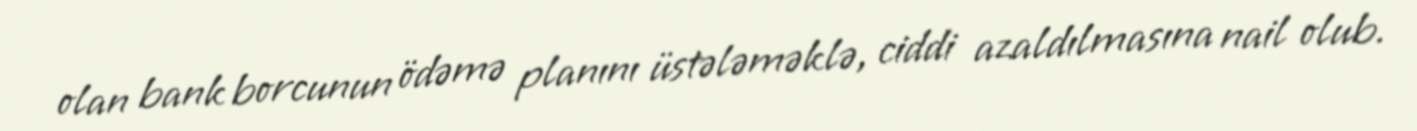
olan bank borcunun ödəmə planını üstələməklə, ciddi azaldılmasına nail olub.